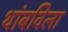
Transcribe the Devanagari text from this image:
थांबविला